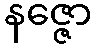
နဇ္ဇော